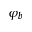
\varphi _ { b }